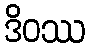
ဒိဝဿ